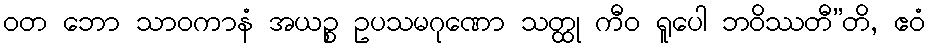
ဝတ ဘော သာဝကာနံ အယဉ္စ ဥပသမဂုဏော သတ္ထု ကီဝ ရူပေါ ဘဝိဿတီ”တိ, ဧဝံ